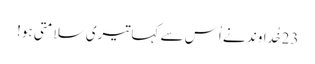
23خُداوند نے اُس سے کہا تیری سلامتی ہو!